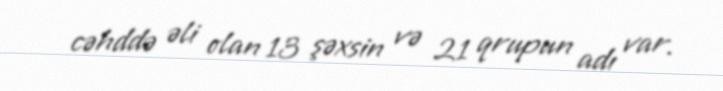
cəhddə əli olan 13 şəxsin və 21 qrupun adı var.